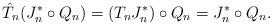
LaTeX: \begin{align*}\hat{T}_n (J_n^{*} \circ Q_n) = (T_n J_n^{*}) \circ Q_n = J_n^{*} \circ Q_n. \end{align*}